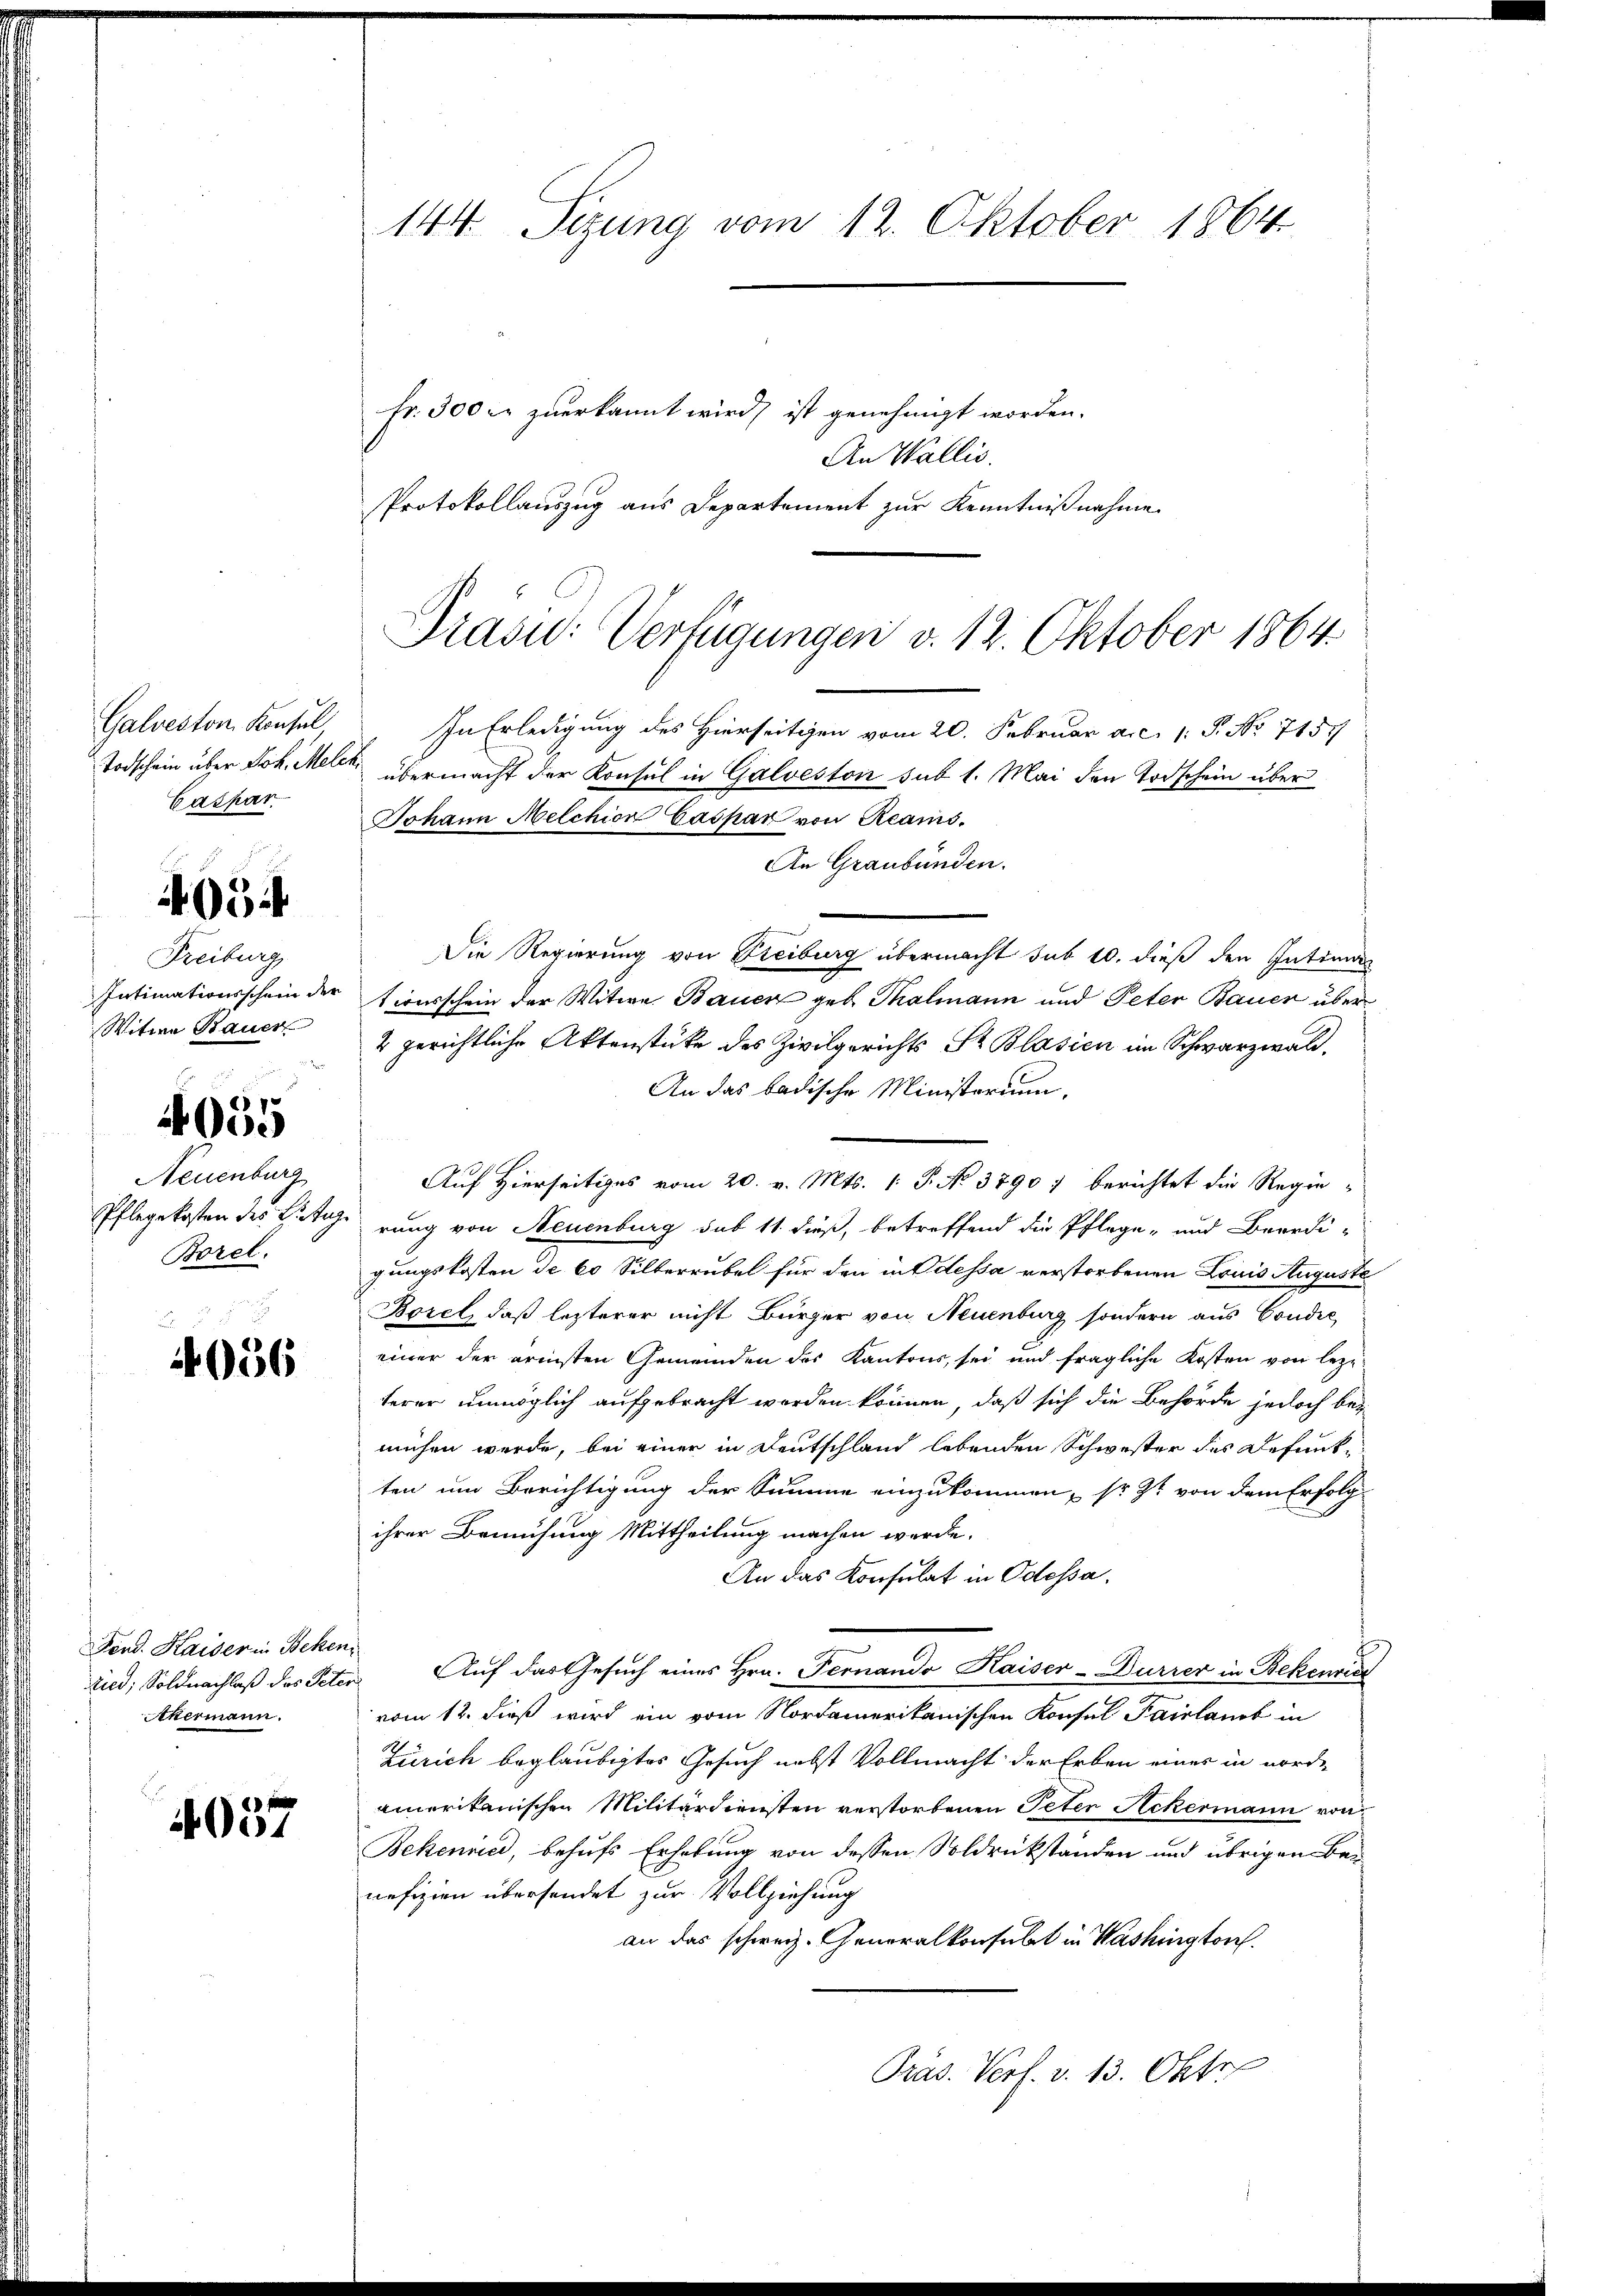
Galveston Konsul
Caspar

3

Freiburg
Intimationsschein der
Witwe Bauer

7
2000

Neuenburg
Borel.

4056

fr. 300 fr zuerkannt wird, ist genehmigt worden.
An Wallis.
Protokollauszug aus Departement zur Kenntnißnahme.

Fend. Haider in Beken
Akermann.

4037

144. Sitzung vom 12. Oktober 1864

Präsid. Verfügungen v. 12. Oktober 1864

Johann Melchion Caspar von Reais.

In Erledigung des Hierseitigen vom 20. Februar a.c. 1. P. No 7157
Todschein über Joh. Melche übermacht der Konsul in Galveston sub 1. Mai den Todschein über
An Graubünden.
Die Regierung von Freiburg übermacht sub 10. dieß den Intiman
tionsschein der Witwe Bauer geb. Thalmann und Peter Bauer über
4 gerichtliche Aktenstücke des Zivilgerichts Sr. Blasien im Schwarzwald,
An das badische Ministerium,
Auf Hierseitiges vom 20. v. Mts. 1. P. No 3790) berichtet die Regie
Pflegekosten des Hutigerung von Neuenburg sub 11. dieß, betreffend die Pflege- und Beerdi-
gungskosten de 60 Silberrubel für den in Odessa verstorbenen Louis Auguste
Borel, daß letzterer nicht Bürger von Neuenburg sondern aus Condic
einer der ärmsten Gemeinden des Kantons, sei und fragliche Kosten von leztterer unmöglich aufgebracht worden können, daß sich die Behörde jedoch bei
mühen werde, bei einer in Deutschland lebenden Schwester des Defentten um Berichtigung der Summe einzukommen, sr. Zt. von dem Erfolg
ihrer Bemühung Mittheilung machen werde.
An das Konsulat in Odessa.
ried, Soldnachlaß des Peter Auf das Gesŭch eines Hrn. Fernando Kaiser-Durrer in Bekenric
vom 12. dieß wird ein vom Nordamerikanischen Konsul Pairlaub in
Zürich beglaubigtes Gesuch nebst Vollmacht der Erben eines in nord-
amerikanischen Militärdiensten verstorbenen Peten Ackermann von
Bekenne, behufs Erhebung von dessen Soldrückständen und übrigen Benefizien übersendet zur Vollziehung
an das schweiz. Generalkonsulat in Washington
Präs. Verf. v. 13. Okto